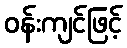
ဝန်းကျင်ဖြင့်